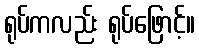
ရုပ်ကလည်း ရုပ်ဖြောင့်။